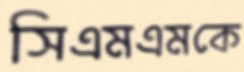
সিএমএমকে